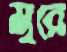
মুরে